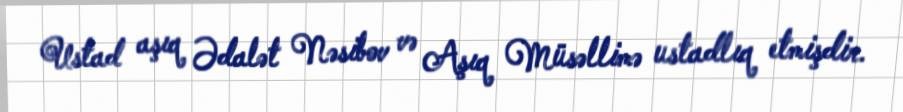
Ustad aşıq Ədalət Nəsibov və Aşıq Müsəllimə ustadlıq etmişdir.